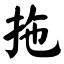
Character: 拖